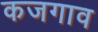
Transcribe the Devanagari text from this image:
कजगाव